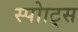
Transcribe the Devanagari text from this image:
स्पोाट्स